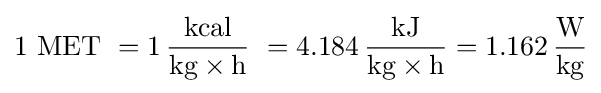
{\text{1 MET}}\ =1\,{\frac {\text{kcal}}{{\text{kg}}\times {\text{h}}}}\ =4.184\,{\frac {\text{kJ}}{{\text{kg}}\times {\text{h}}}}=1.162\,{\frac {\text{W}}{\text{kg}}}